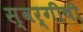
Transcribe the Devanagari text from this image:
स्वर्गीची